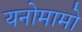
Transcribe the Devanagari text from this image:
यनोमामो